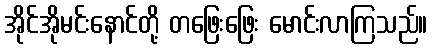
အိုင်အိုမင်းနောင်တို့ တဖြေးဖြေး မောင်းလာကြသည်။